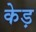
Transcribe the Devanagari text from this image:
केड़